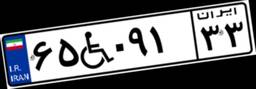
۵۴W۰۸۴۰۱